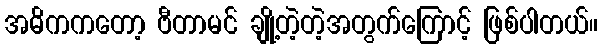
အဓိကကတော့ ဗီတာမင် ချို့တဲ့တဲ့အတွက်ကြောင့် ဖြစ်ပါတယ်။